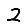
Digit: 2